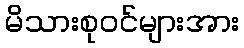
မိသားစုဝင်များအား